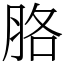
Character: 胳